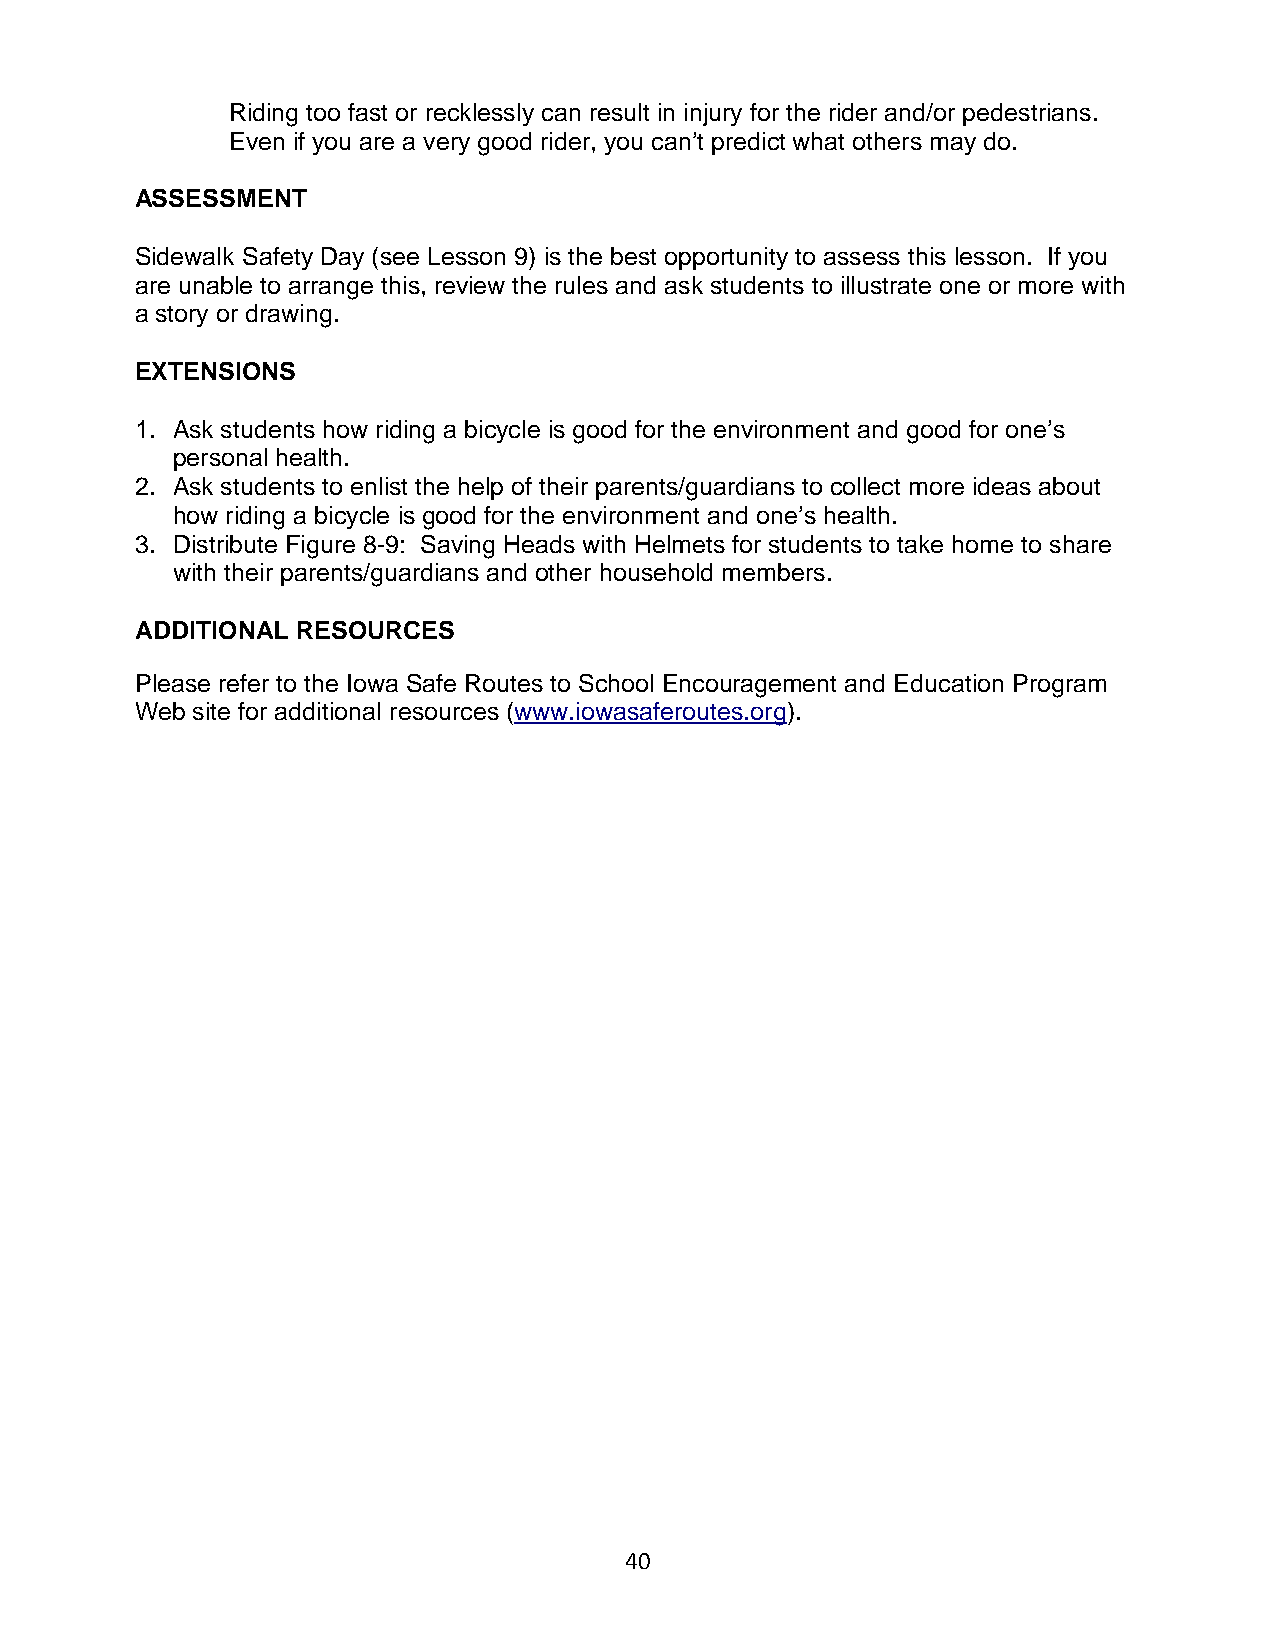
Riding too fast or recklessly can result in injury for the rider and/or pedestrians.
 Even if you are a very good rider, you can’t predict what others may do.
 ASSESSMENT
 Sidewalk Safety Day (see Lesson 9) is the best opportunity to assess this lesson. If you
 are unable to arrange this, review the rules and ask students to illustrate one or more with
 a story or drawing.
 EXTENSIONS
 1. Ask students how riding a bicycle is good for the environment and good for one’s
 personal health.
 2. Ask students to enlist the help of their parents/guardians to collect more ideas about
 how riding a bicycle is good for the environment and one’s health.
 3. Distribute Figure 8-9: Saving Heads with Helmets for students to take home to share
 with their parents/guardians and other household members.
 ADDITIONAL RESOURCES
 Please refer to the Iowa Safe Routes to School Encouragement and Education Program
 Web site for additional resources (www.iowasaferoutes.org).
 40